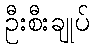
ဦးစီးချုပ်